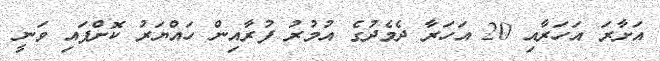
އަށާރަ އަހަރާއި 20 އަހަރާ ދެމެދުގެ އުމުރު ފުރާއިން ހައްޔަރު ކޮށްފައި ވަނީ